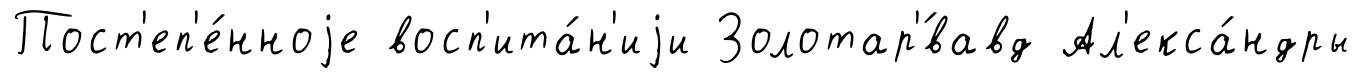
Пост'еп'е́нноjе восп'ита́н'иjи Золотар'́вавд Ал'екса́ндры